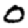
Digit: 0